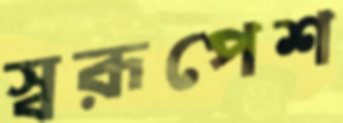
স্বরূপেশ